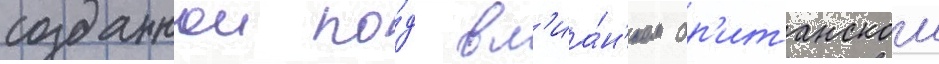
созданнои по́д вл'иа́н'ием бр'итанскои